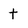
Character: t